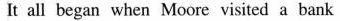
It all began when Moore visited a bank